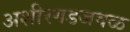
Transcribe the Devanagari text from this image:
अशीरगडजवळ